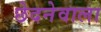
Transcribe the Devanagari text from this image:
छेदनेवाला